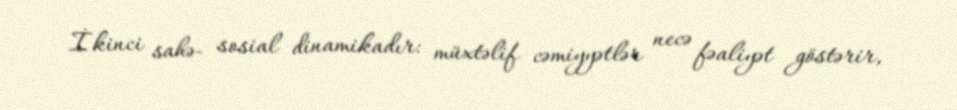
İkinci sahə- sosial dinamikadır: müxtəlif cəmiyyətlər necə fəaliyət göstərir,